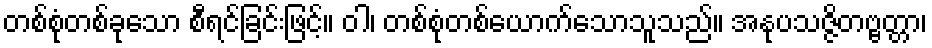
တစ်စုံတစ်ခုသော စီရင်ခြင်းဖြင့်။ ဝါ၊ တစ်စုံတစ်ယောက်သောသူသည်။ အနုပသဇ္ဇိတဗ္ဗတ္တာ၊